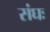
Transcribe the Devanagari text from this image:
संघः